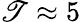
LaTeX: \mathscr{T}\approx5